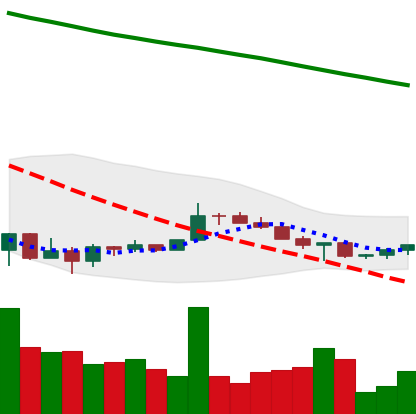
Ticker: XRP-USD
Chart end date: 2022-07-04
Forward return: 4.916%
Label: up_3_5